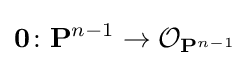
\mathbf {0} \colon \mathbf {P} ^{n-1}\to {\mathcal {O}}_{\mathbf {P} ^{n-1}}